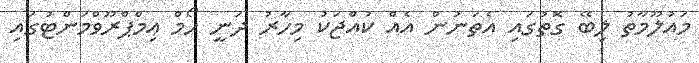
މައުލޫމާތު ލިބޭ ގޮތުގައި އެތަނުން އެއް ކުއްޖަކު މިހާރު ދަނީ ހޯމް އިމްޕްރޫވްމަންޓުގައި